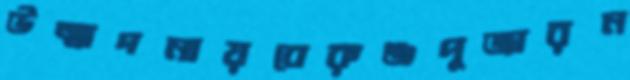
উন্মাদনায়বেরুঞ্জপুজারন